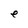
Character: e